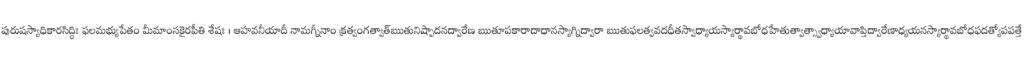
పురుషస్యాధికారసిద్ధిః ఫలమభ్యుపేతం మీమాంసకైరపీతి శేషః । ఆహవనీయాదీ నామగ్నీనాం క్రత్వంగత్వాత్ఋతునిష్పాదనద్వారేణ ఋతూపకారాదాధానస్యాగ్నిద్వారా ఋతుఫలత్వవదధీతస్వాధ్యాయస్యార్థావబోధహేతుత్వాత్స్వాధ్యాయావాప్తిద్వారేణాధ్యయనస్యార్థావబోధఫదత్యోపపత్తే